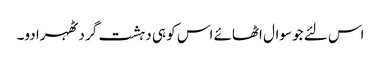
اس لئے جو سوال اٹھائے اس کو ہی دہشت گرد ٹھہرا دو۔